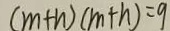
( m + h ) ( m + h ) = 9